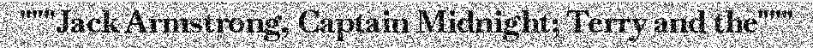
"""Jack Armstrong, Captain Midnight; Terry and the"""